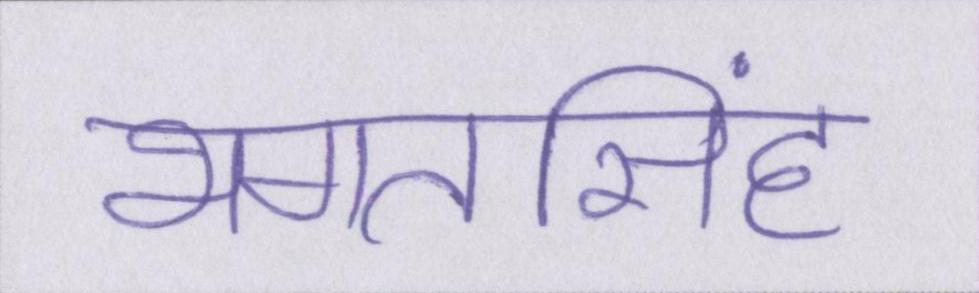
भगतसिंह